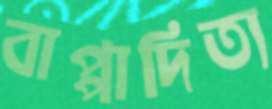
বাপ্পাদিত্য